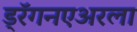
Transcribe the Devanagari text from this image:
ड्रॅगनएअरला